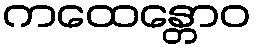
ကထေန္တောဝ